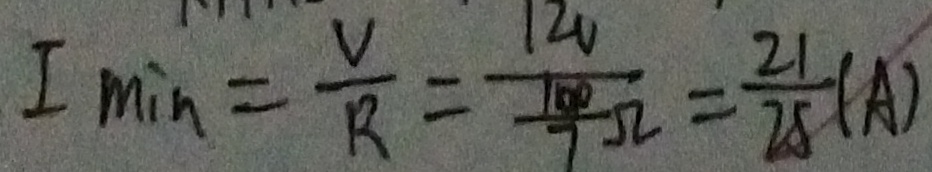
I _ { \min } = \frac { V } { R } = \frac { 1 2 V } { \frac { 1 0 0 } { 7 } \Omega } = \frac { 2 1 } { 2 5 } ( A )